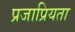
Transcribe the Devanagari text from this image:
प्रजाप्रियता